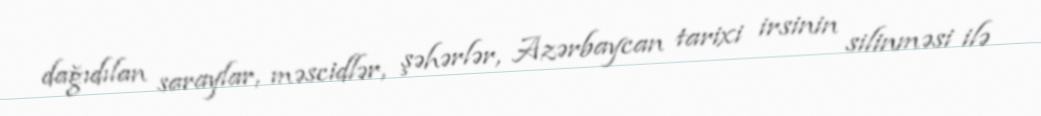
dağıdılan saraylar, məscidlər, şəhərlər, Azərbaycan tarixi irsinin silinməsi ilə